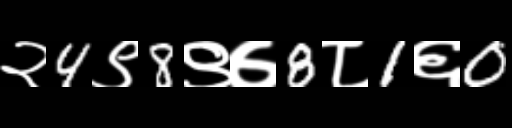
Text: २4९8९७8८1६0